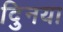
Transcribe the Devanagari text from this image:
दुिनया